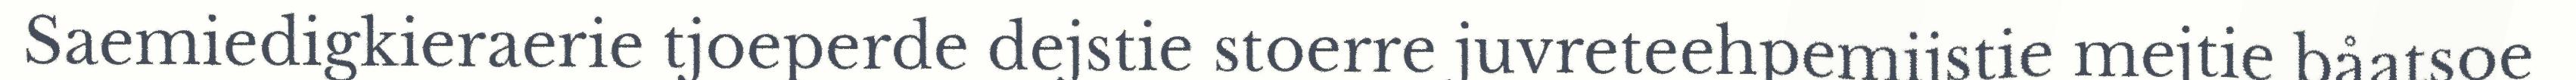
Saemiedigkieraerie tjoeperde dejstie stoerre juvreteehpemijstie mejtie båatsoe